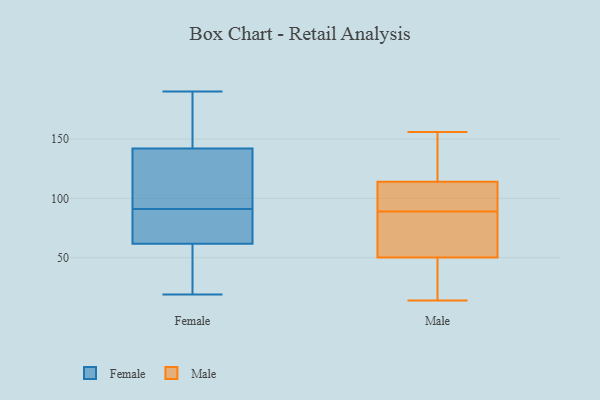
{"axis": {"x": "LTV (USD)", "y": "Value"}, "legend": ["Female", "Male"], "data": [{"x": "", "y": 145, "type": "Female"}, {"x": "", "y": 72, "type": "Female"}, {"x": "", "y": 60, "type": "Female"}, {"x": "", "y": 19, "type": "Female"}, {"x": "", "y": 91, "type": "Female"}, {"x": "", "y": 150, "type": "Female"}, {"x": "", "y": 132, "type": "Female"}, {"x": "", "y": 190, "type": "Female"}, {"x": "", "y": 133, "type": "Female"}, {"x": "", "y": 67, "type": "Female"}, {"x": "", "y": 24, "type": "Female"}, {"x": "", "y": 89, "type": "Male"}, {"x": "", "y": 27, "type": "Male"}, {"x": "", "y": 120, "type": "Male"}, {"x": "", "y": 96, "type": "Male"}, {"x": "", "y": 96, "type": "Male"}, {"x": "", "y": 14, "type": "Male"}, {"x": "", "y": 50, "type": "Male"}, {"x": "", "y": 78, "type": "Male"}, {"x": "", "y": 130, "type": "Male"}, {"x": "", "y": 156, "type": "Male"}, {"x": "", "y": 51, "type": "Male"}]}